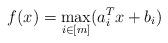
LaTeX: \begin{align*}f(x) = \max_{i\in[m]}(a_i^Tx+b_i)\end{align*}